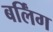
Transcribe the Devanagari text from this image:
बर्लिंग